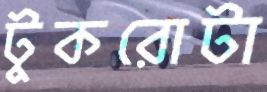
টুকরোটা